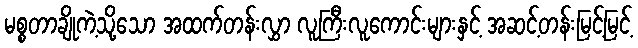
မစ္စတာချိုကဲ့သို့သော အထက်တန်းလွှာ လူကြီးလူကောင်းများနှင့် အဆင့်တန်းမြင့်မြင့်